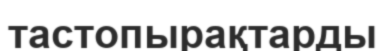
тастопырақтарды